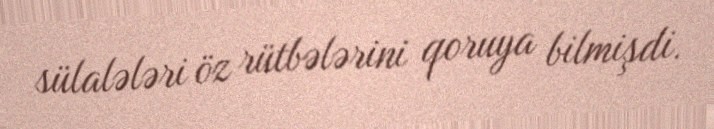
sülalələri öz rütbələrini qoruya bilmişdi.